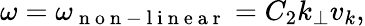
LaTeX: \omega=\omega_{\mathrm{~n~o~n~-~l~i~n~e~a~r~}}=C_{2}k_{\perp}v_{k},